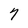
Character: 7